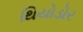
થિયોડોર